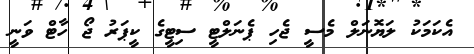
އެކަމަކު ލަޔޮނަލް މެސީ ޖެހި ޕެނަލްޓީ ސިޓީގެ ކީޕަރު ޖޯ ހާޓް ވަނީ